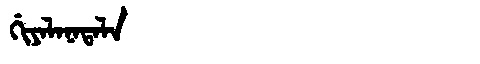
Manchu: ᡤᡳᠶᠠᠯᠠᠨᠠᡨᠠᠯᠠ
Romanization: GIYALANATALA